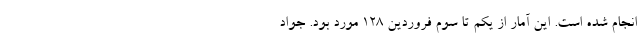
انجام شده است. این آمار از یکم تا سوم فروردین ۱۲۸ مورد بود. جواد